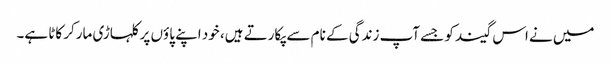
میں نے اس گیند کو جسے آپ زندگی کے نام سے پکارتے ہیں، خود اپنے پاؤں پر کلہاڑی مارکر کاٹا ہے۔